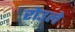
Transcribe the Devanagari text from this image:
रोउले